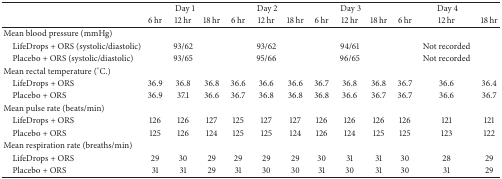
|  | <COLSPAN=3> Day 1 | <COLSPAN=3> Day 2 | <COLSPAN=3> Day 3 | <COLSPAN=3> Day 4 |
 |  | 6 hr | 12 hr | 18 hr | 6 hr | 12 hr | 18 hr | 6 hr | 12 hr | 18 hr | 6 hr | 12 hr | 18 hr |
 | --- | --- | --- | --- | --- | --- | --- | --- | --- | --- | --- | --- | --- |
 | Mean blood pressure (mmHg) |  |  |  |  |  |  |  |  |  |  |  |  |
 | LifeDrops + ORS (systolic/diastolic) |  | 93/62 |  |  | 93/62 |  |  | 94/61 |  |  | Not recorded |  |
 | Placebo + ORS (systolic/diastolic) |  | 93/65 |  |  | 95/66 |  |  | 96/65 |  |  | Not recorded |  |
 | Mean rectal temperature (°C.) |  |  |  |  |  |  |  |  |  |  |  |  |
 | LifeDrops + ORS | 36.9 | 36.8 | 36.8 | 36.6 | 36.6 | 36.6 | 36.7 | 36.8 | 36.8 | 36.7 | 36.6 | 36.4 |
 | Placebo + ORS | 36.9 | 37.1 | 36.6 | 36.7 | 36.8 | 36.8 | 36.8 | 36.6 | 36.7 | 36.7 | 36.6 | 36.7 |
 | Mean pulse rate (beats/min) |  |  |  |  |  |  |  |  |  |  |  |  |
 | LifeDrops + ORS | 126 | 126 | 127 | 125 | 127 | 127 | 126 | 126 | 126 | 126 | 121 | 121 |
 | Placebo + ORS | 125 | 126 | 124 | 125 | 125 | 124 | 126 | 124 | 125 | 125 | 123 | 122 |
 | Mean respiration rate (breaths/min) |  |  |  |  |  |  |  |  |  |  |  |  |
 | LifeDrops + ORS | 29 | 30 | 29 | 29 | 29 | 29 | 30 | 31 | 31 | 30 | 28 | 29 |
 | Placebo + ORS | 31 | 31 | 29 | 31 | 30 | 30 | 31 | 30 | 31 | 30 | 31 | 29 |